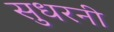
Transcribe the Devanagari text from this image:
सुधरनी